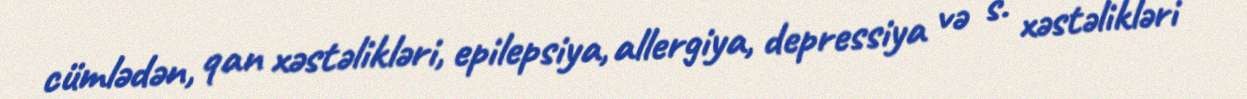
cümlədən, qan xəstəlikləri, epilepsiya, allergiya, depressiya və s. xəstəlikləri